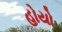
હોયો